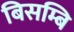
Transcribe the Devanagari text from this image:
बिसम्बि